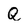
Character: Q